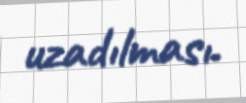
uzadılması.